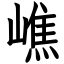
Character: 嶕